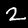
Label: 2